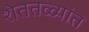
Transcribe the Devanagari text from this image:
शेततळ्यांत